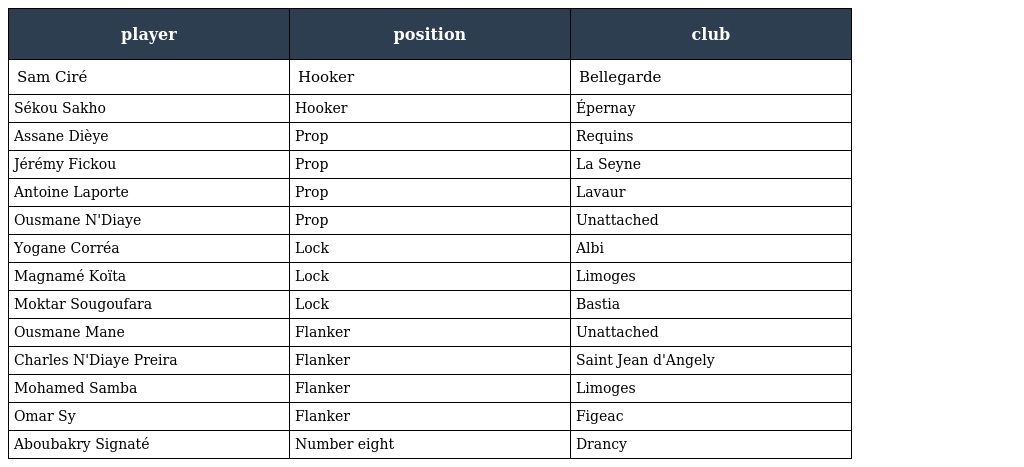
| player | position | club |
 | --- | --- | --- |
 | Sam Ciré | Hooker | Bellegarde |
 | Sékou Sakho | Hooker | Épernay |
 | Assane Dièye | Prop | Requins |
 | Jérémy Fickou | Prop | La Seyne |
 | Antoine Laporte | Prop | Lavaur |
 | Ousmane N'Diaye | Prop | Unattached |
 | Yogane Corréa | Lock | Albi |
 | Magnamé Koïta | Lock | Limoges |
 | Moktar Sougoufara | Lock | Bastia |
 | Ousmane Mane | Flanker | Unattached |
 | Charles N'Diaye Preira | Flanker | Saint Jean d'Angely |
 | Mohamed Samba | Flanker | Limoges |
 | Omar Sy | Flanker | Figeac |
 | Aboubakry Signaté | Number eight | Drancy |